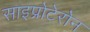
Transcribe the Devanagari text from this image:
साइप्रोटेरोन